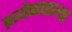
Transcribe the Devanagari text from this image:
प्रत्येकातल्या